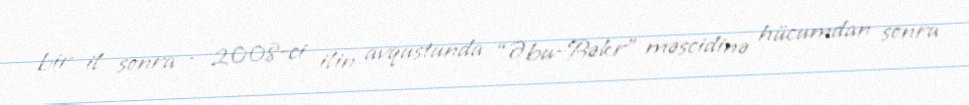
bir il sonra - 2008-ci ilin avqustunda “Əbu-Bəkr” məscidinə hücumdan sonra